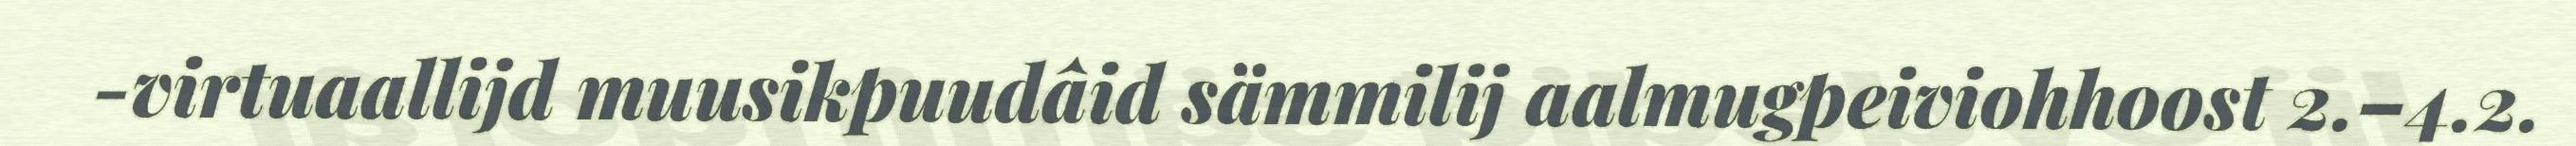
-virtuaallijd muusikpuudâid sämmilij aalmugpeiviohhoost 2.–4.2.